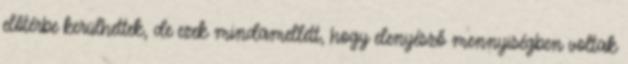
előtérbe kerülhettek, de ezek mindamellett, hogy elenyésző mennyiségben voltak